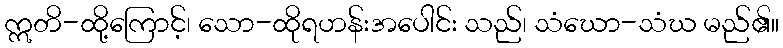
ဣတိ-ထို့ကြောင့်၊ သော-ထိုရဟန်းအပေါင်း သည်၊ သံဃော-သံဃ မည်၏။